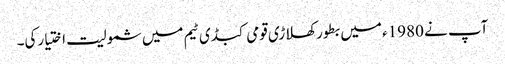
آپ نے 1980ء میں بطور کھلاڑی قومی کبڈی ٹیم میں شمولیت اختیارکی۔